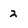
Character: 2